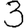
Digit: 3